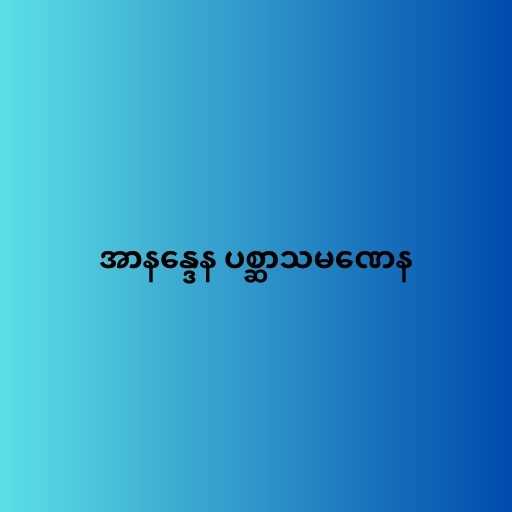
အာနန္ဒေန ပစ္ဆာသမဏေန